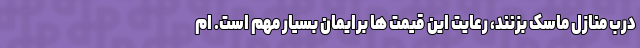
درب منازل ماسک بزنند، رعایت این قیمت ها برایمان بسیار مهم است. ام